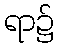
ရာ၌